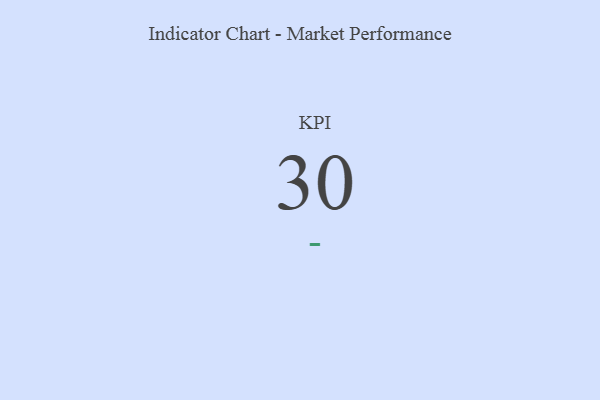
{"axis": {"x": "KPI", "y": "Value"}, "legend": [""], "data": [{"x": "KPI", "y": 30, "type": ""}]}